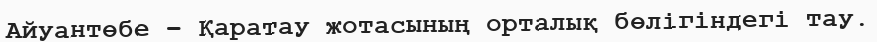
Айуантөбе – Қаратау жотасының орталық бөлігіндегі тау.